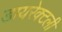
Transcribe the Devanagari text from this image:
डायरेक्टली